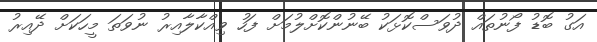
އަގު ބޮޑު ފޯނުތައް ދުވަސްކޮޅަކު ބޭނުންކޮށްލުމަށް ފަހު ވިއްކާލާއިރު ނުވަތަ މީހަކަށް ދޭއިރު